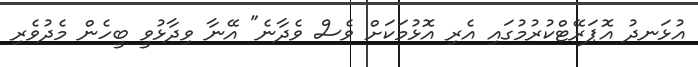
އުޅަނދު އޮޕަރޭޓްކުރުމުގައި އެރި އޮޅުމަކަށް ވެސް ވެދާނެ" އޭނާ ވިދާޅުވީ ބީހެން މެދުވެރި